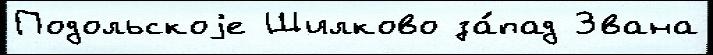
Подольскоjе Шилково за́пад Звана